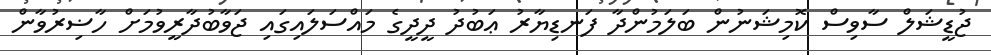
ޖުޑީޝަލް ސާވިސް ކޮމިޝަނުން ބަލަމުންދާ ފަނޑިޔާރު ޢަބުދު ދީދީގެ މައްސަލައިގައި ޖަވާބުދާރީވުމަށް ހާޟިރުވާން